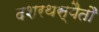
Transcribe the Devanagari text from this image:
दशरथस्यैतौ